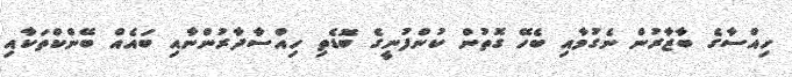
ހިއްސާގެ ބާޒާރުން ނެގުމާއި ބެހޭ ގޮތުން ކުންފުނީގެ ބޮޑެތި ހިއްސާދާރުންނާއި ބައެއް ބޭންކްތަކާއި